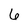
Character: 6